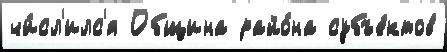
чи́сл'илс'я Община райо́на субъе́ктов